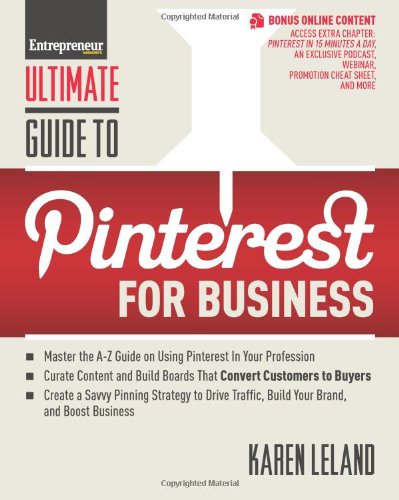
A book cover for Ultimate Guide to Pinterest for Business (Ultimate Series); Karen Leland; Computers & Technology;